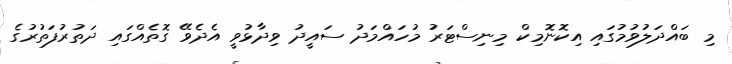
މި ބައްދަލުވުމުގައި އިކޮނޮމިކް މިނިސްޓަރު މުހައްމަދު ސައީދު ވިދާޅުވީ އެދެވޭ ގޮތެއްގައި ދަތުރުފަތުރުގެ